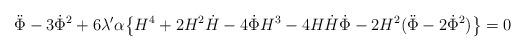
LaTeX: \begin{align*}\ddot{\Phi}-3\dot{\Phi}^2+6\lambda'\alpha\big\{H^4+2H^2\dot{H}-4\dot{\Phi}H^3-4H\dot{H}\dot{\Phi}-2H^2(\ddot{\Phi}-2\dot{\Phi}^2)\big\}=0\end{align*}